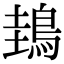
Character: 䳏